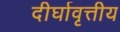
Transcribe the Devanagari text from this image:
दीर्घावृत्तीय